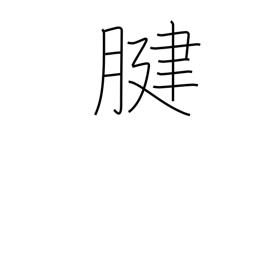
Meaning: tendon